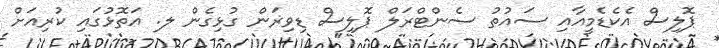
ޕޮލިސް އެކެޑެމީއާއި ސައުތު ސެންޓްރަލް ޕޮލިސް ޑިވިޜަން ގުޅިގެން ލ. އަތޮޅުގައި ކުރިއަށް